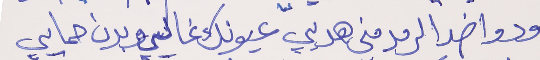
ودوا ضد الرمد مني هديي     عيونك غاليي وبدن حمايي